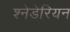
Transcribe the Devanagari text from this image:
श्नेडेरियन